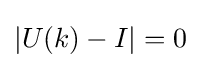
|U(k)-I|=0